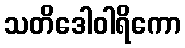
သတိဒေါဝါရိကော